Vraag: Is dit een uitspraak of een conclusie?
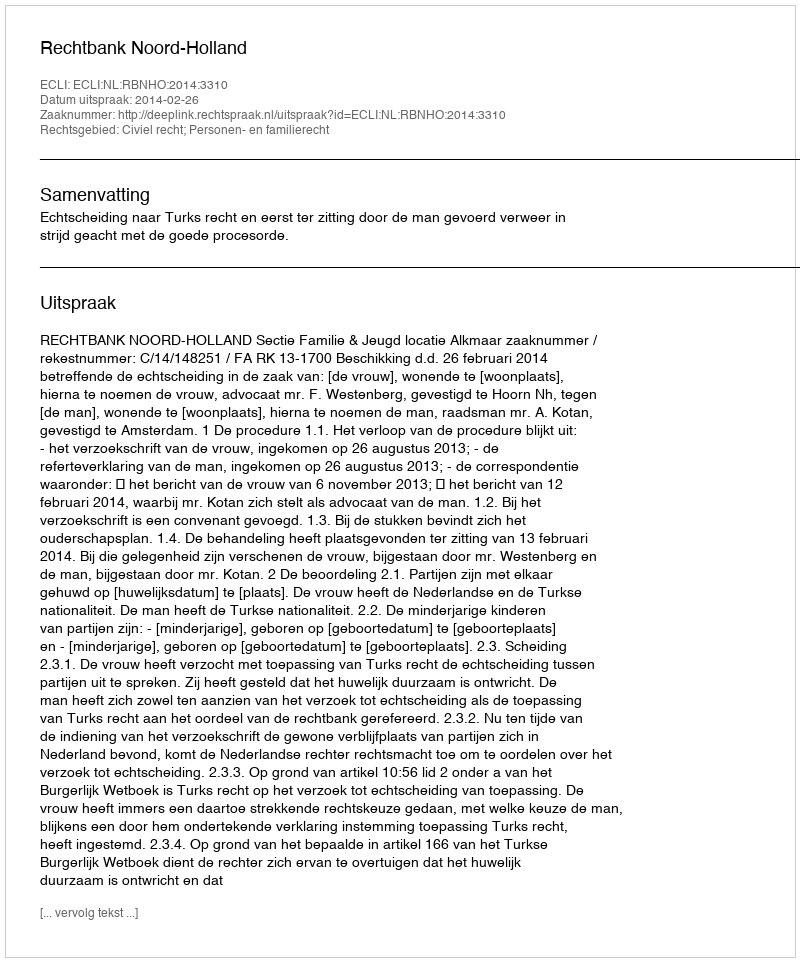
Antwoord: Uitspraak